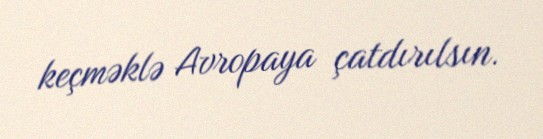
keçməklə Avropaya çatdırılsın.